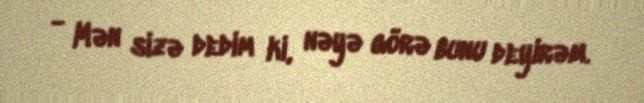
- Mən sizə dedim ki, nəyə görə bunu deyirəm.